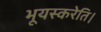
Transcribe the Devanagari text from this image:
भूयस्करेति।